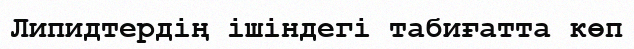
Липидтердің ішіндегі табиғатта көп